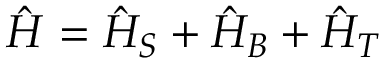
\hat { H } = \hat { H } _ { S } + \hat { H } _ { B } + \hat { H } _ { T }